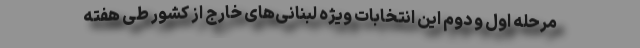
مرحله اول و دوم این انتخابات ویژه لبنانی‌های خارج از کشور طی هفته